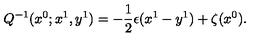
Q ^ { - 1 } ( x ^ { 0 } ; x ^ { 1 } , y ^ { 1 } ) = - \frac { 1 } { 2 } \epsilon ( x ^ { 1 } - y ^ { 1 } ) + \zeta ( x ^ { 0 } ) .